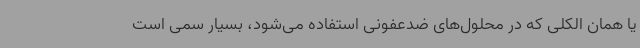
یا همان الکلی که در محلول‌های ضدعفونی استفاده می‌شود، بسیار سمی است